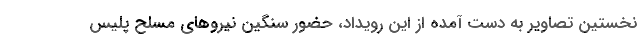
نخستین تصاویر به دست آمده از این رویداد، حضور سنگین نیروهای مسلح پلیس